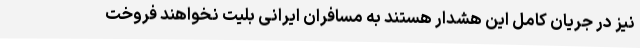
نیز در جریان کامل این هشدار هستند به مسافران ایرانی بلیت نخواهند فروخت